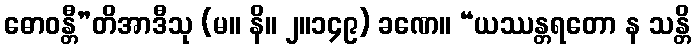
ဓောဝန္တီ”တိအာဒီသု (မ။ နိ။ ၂။၁၄၉) ခဏေ။ “ယဿန္တရတော န သန္တိ